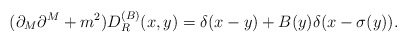
\begin{align*}(\partial_{M}\partial^{M}+m^{2})D_{R}^{(B)}(x,y)=\delta(x-y)+B(y)\delta(x-\sigma(y)).\end{align*}